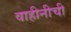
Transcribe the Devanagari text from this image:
वाहीनीची